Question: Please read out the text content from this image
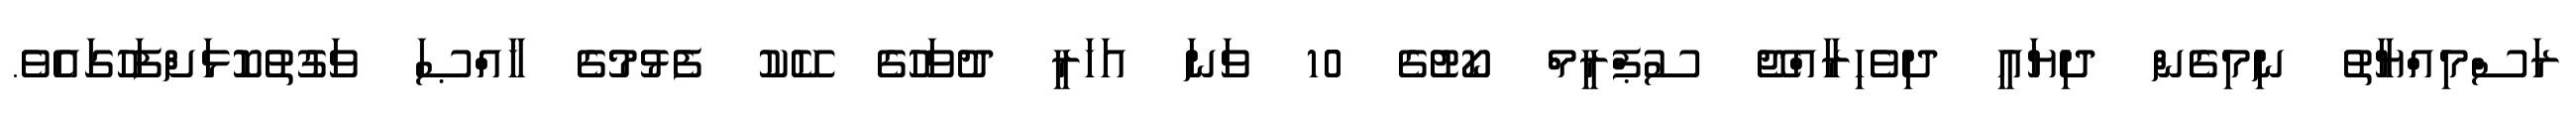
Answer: ރަސްމިއްޔާތު ނިމިގެން ދިޔައީ ދިވެހިރާއްޖޭ ސުޕްރީމް ކޯޓުގެ 10 ވަނަ އަހަރީ ދުވަހުގެ ކޭކު ފެޅުމުގެ ޚާއްޞަ ވަގުތުކޮޅަށްފަހުގައެވެ.